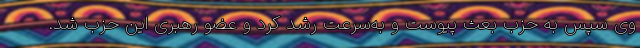
وی سپس به حزب بعث پیوست و به‌سرعت رشد کرد و عضو رهبری این حزب شد.